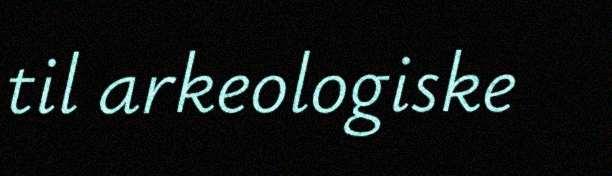
til arkeologiske